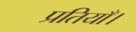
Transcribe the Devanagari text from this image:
प्रतियाँ।